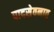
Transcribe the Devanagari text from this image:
पादसेवनात्